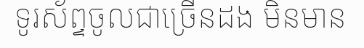
ទូរស័ព្ទចូលជាច្រើនដង មិនមាន